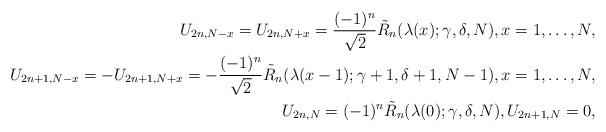
LaTeX: \begin{align*} U_{2n,N-x} = U_{2n,N+x} = \frac{(-1)^n}{\sqrt{2}} \tilde R_n(\lambda(x);\gamma,\delta,N), x=1,\ldots,N, \\ U_{2n+1,N-x} = -U_{2n+1,N+x} = -\frac{(-1)^n}{\sqrt{2}} \tilde R_n(\lambda(x-1);\gamma+1,\delta+1,N-1), x=1,\ldots,N, \\ U_{2n,N}= (-1)^n \tilde R_n(\lambda(0);\gamma,\delta,N),U_{2n+1,N}=0,\end{align*}